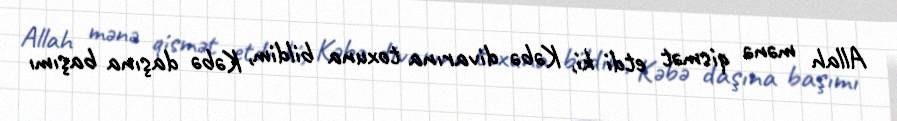
Allah mənə qismət etdi ki, Kəbə divarına toxuna bildim, Kəbə daşına başımı